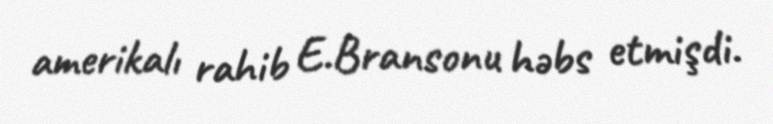
amerikalı rahib E.Bransonu həbs etmişdi.